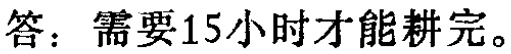
答：需要15小时才能耕完。